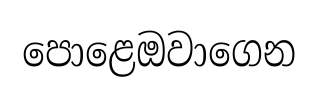
පොළෙඔවාගෙන